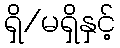
ရှိ/မရှိနှင့်